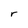
Character: r